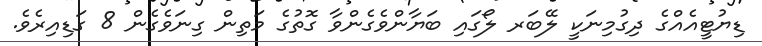
ޑިޔުޓީއެއްގެ ދިގުމިނަކީ ލޭބަރ ލޯގައި ބަޔާންވެގެންވާ ގޮތުގެ މަތިން ގިނަވެގެން 8 ގަޑިއިރެވެ.